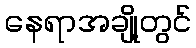
နေရာအချို့တွင်